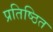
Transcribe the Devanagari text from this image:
प्रतिष्‍ठित